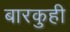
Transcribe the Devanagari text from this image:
बारकुही